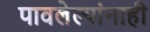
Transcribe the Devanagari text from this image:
पावलेल्यांनाही